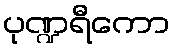
ပုဏ္ဍရီကော